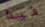
فيدا